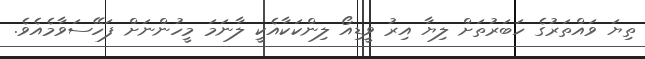
ތިޔަ ވައްތަރުގެ ހަބަރުތަށް ލިޔާ އިރު ވީޑިއޯ ލިންކަކާއެކީ ލާނަމަ މީހުންނަށް ފަހޭސަވާމެއެވެ.